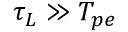
\tau _ { L } \gg T _ { p e }